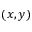
( x , y )